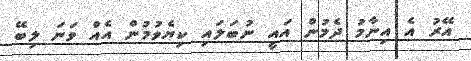
އޭރު އެ އިނާމު ދެމުން އައީ ނުބަލައި ކިޔެވުމުން އެއް ވަނަ ލިބޭ